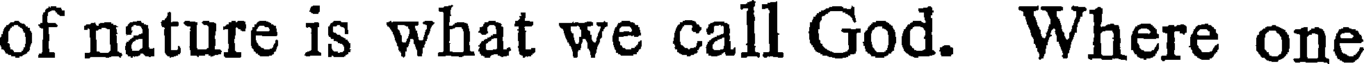
of nature is what we call God. Where one